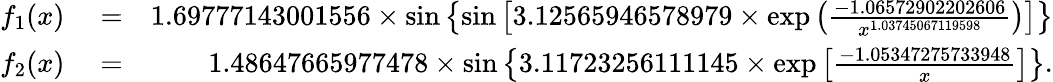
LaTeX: \begin{array}{rlr}{f_{1}(x)}&{{}=}&{1.69777143001556\times\sin\left\{ \sin\left[3.12565946578979\times\exp\left(\frac{-1.06572902202606}{x^{1.03745067119598}}\right)\right]\right\} }\\ {f_{2}(x)}&{{}=}&{1.48647665977478\times\sin\left\{ 3.11723256111145\times\exp\left[\frac{-1.05347275733948}{x}\right]\right\} .}\end{array}